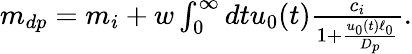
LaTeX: \begin{array}{r}{m_{dp}=m_{i}+w\int_{0}^{\infty}dtu_{0}(t)\frac{c_{i}}{1+\frac{u_{0}(t)\ell_{0}}{D_{p}}}.}\end{array}